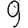
Digit: 9